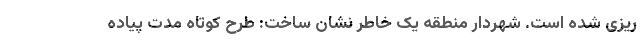
ریزی شده است. شهردار منطقه یک خاطر نشان ساخت: طرح کوتاه مدت پیاده